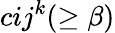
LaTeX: c{ij}^{k}(\geq\beta)